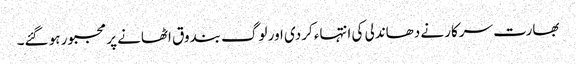
بھارت سرکار نے دھاندلی کی انتہاء کردی اور لوگ بندوق اٹھانے پر مجبور ہو گئے۔